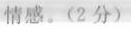
情感。(2分)